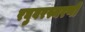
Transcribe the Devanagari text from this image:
रघुवरस्मरणी